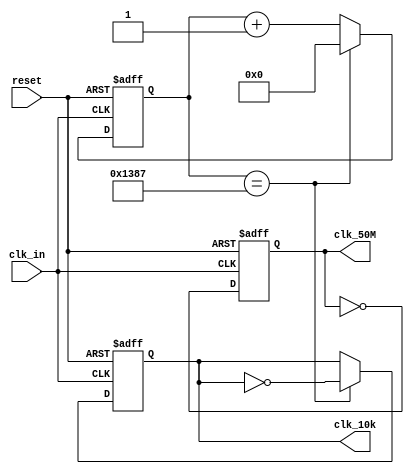
module clk_div(
    input           clk_in,
    input           reset,
    output reg      clk_10k,
    output reg      clk_50M
);

reg [17:0] cnt;



always@(posedge clk_in or posedge reset) begin
    if(reset)
        clk_50M <= 1'b0;
    else
        clk_50M <= ~ clk_50M;
end

always@(posedge clk_in or posedge reset) begin
    if(reset) begin 
        cnt <= 17'b0;
        clk_10k <= 1'b0;
    end
    else if(cnt == 17'd4999) begin
        cnt <= 17'b0;
        clk_10k <= ~ clk_10k;
        end
    else
        cnt <= cnt + 1;
end


endmodule